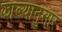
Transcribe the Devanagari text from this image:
झाल्यानुसार